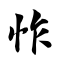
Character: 怍